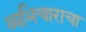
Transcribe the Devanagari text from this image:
व्यभिचाराचा